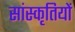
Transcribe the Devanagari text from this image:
सांस्कृतियों